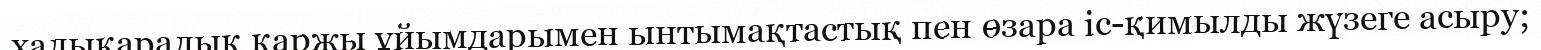
халықаралық қаржы ұйымдарымен ынтымақтастық пен өзара iс-қимылды жүзеге асыру;